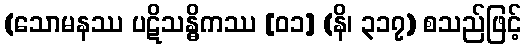
(သောမနဿ ပဋိသန္ဓိကဿ [၀၁] (နိ၊ ၃၁၇) စသည်ဖြင့်